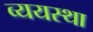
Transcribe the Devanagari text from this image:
व्ययस्था